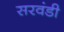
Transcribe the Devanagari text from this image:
सरवंडी